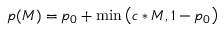
p ( M ) = p _ { 0 } + \operatorname* { m i n } \left( c * M , 1 - p _ { 0 } \right)